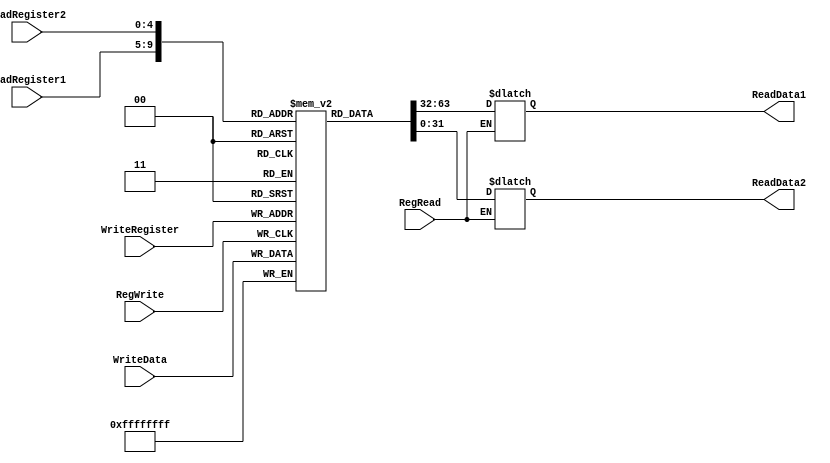
`timescale 1 ps / 100 fs

module regfile(
	ReadData1,//Read data A
	ReadData2, //Read data B
	WriteData, //Write data
	ReadRegister1,//Rs1
	ReadRegister2,//Rs2
	WriteRegister,//Rd
	RegRead, //Read enable
	RegWrite, //Write enable
);
	input [4:0] ReadRegister1, ReadRegister2, WriteRegister;
	input [31:0] WriteData;
	input RegWrite, RegRead;
	output [31:0] ReadData1, ReadData2;

	
	reg [31:0] RegArray [0:31];
	reg [31:0] ReadData1;
	reg [31:0] ReadData2;
	
	//Read data from register
	always @(ReadRegister1 or ReadRegister2 or RegRead) begin
		if (RegRead) begin
			ReadData1 = RegArray[ReadRegister1];
			ReadData2 = RegArray[ReadRegister2];
		end
		else begin
			ReadData1 = ReadData1;
			ReadData2 = ReadData2;
		end
	end

	always @(posedge RegWrite) begin
		RegArray[WriteRegister] <= WriteData; //Write data to register
	end
endmodule